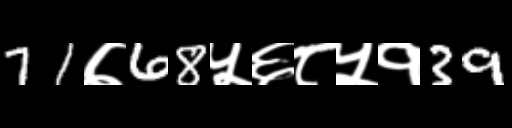
Text: 71७68५६८५१39